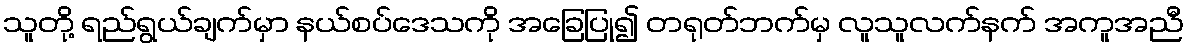
သူတို့ ရည်ရွယ်ချက်မှာ နယ်စပ်ဒေသကို အခြေပြု၍ တရုတ်ဘက်မှ လူသူလက်နက် အကူအညီ